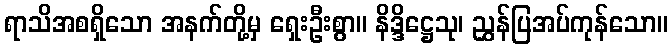
ရာသိအစရှိသော အနက်တို့မှ ရှေးဦးစွာ။ နိဒ္ဒိဋ္ဌေသု၊ ညွှန်ပြအပ်ကုန်သော။